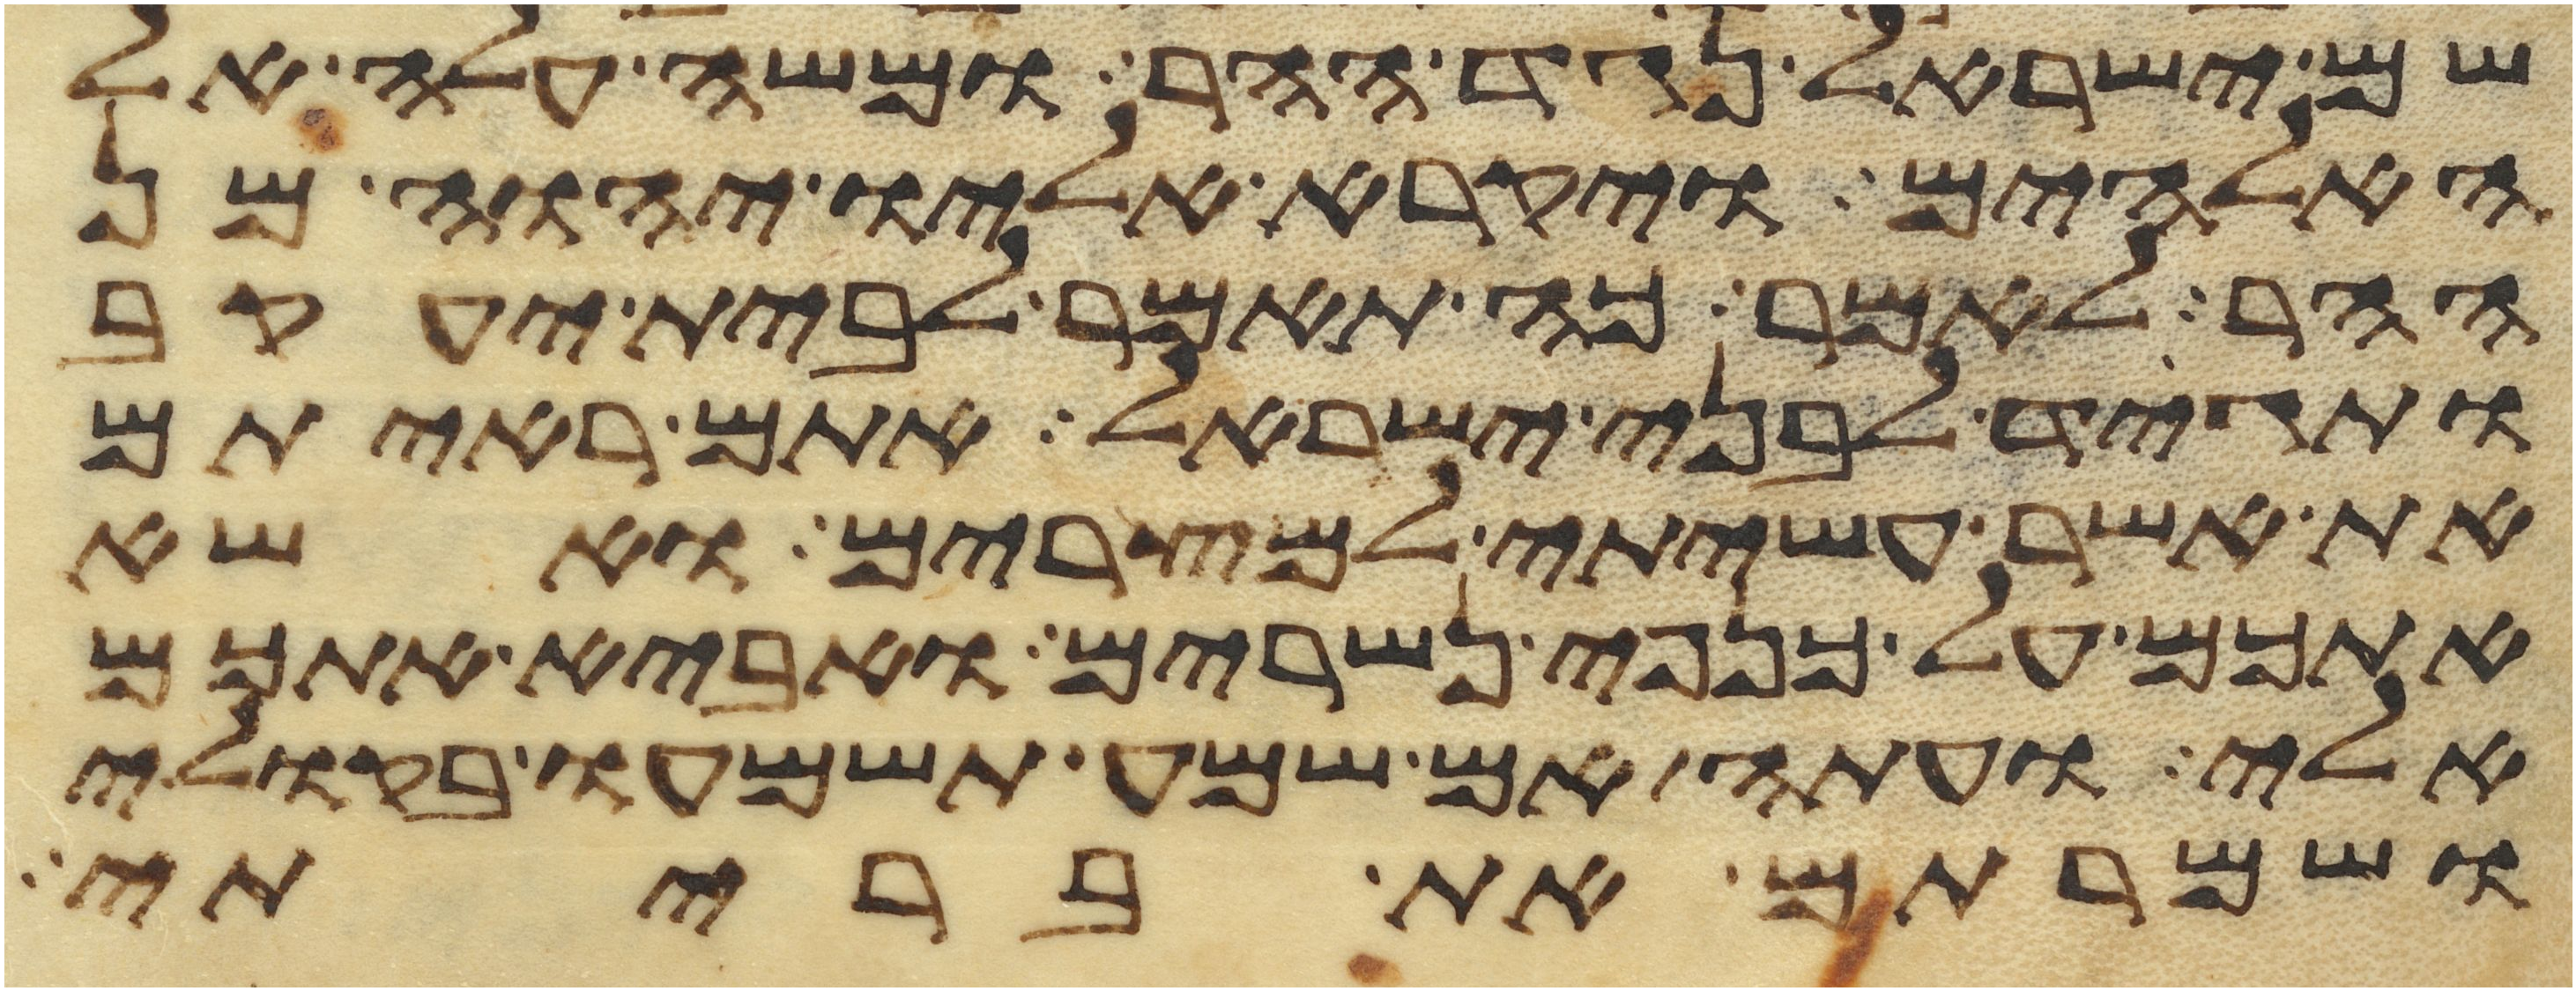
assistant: שם ישראל נגד ההר ומשה עלה אל
האלהים ויקרא אליו יהוה מן
ההר לאמר כה תאמר לבית יעקב
ותגיד לבני ישראל אתם ראיתם
את אשר עשיתי למצרים ואשא
אתכם על כנפי נשרים ואביא אתכם
אלי ועתה אם שמע תשמעו בקולי
ושמרתם את בריתי